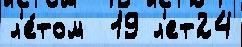
л'е́том  19 л'ет24